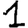
Digit: 1